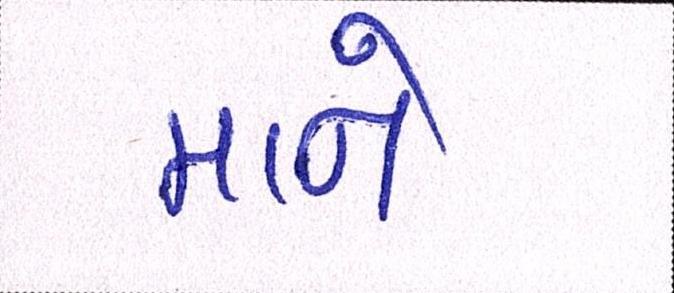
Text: માને